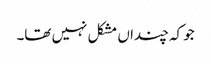
جو کہ چنداں مشکل نہیں تھا۔